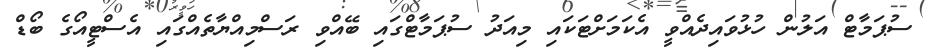
ސުޕަމާޓް އަލުން ހުޅުވައިދެއްވީ އެކަމަށްޓަކައި މިއަދު ސުޕަމާޓްގައި ބޭއްވި ރަސްމިއްޔާތެއްގައި އެސްޓީއޯގެ ބޯޑް